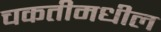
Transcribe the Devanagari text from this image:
चकतीमधील